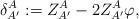
LaTeX: \begin{align*} \delta_{A'}^A := Z^{ A}_{A'} -2Z^{ A}_{A'}\varphi, \end{align*}